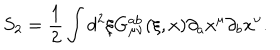
S _ { 2 } = \frac { 1 } { 2 } \int d ^ { 2 } \xi G _ { \mu \nu } ^ { a b } ( \xi , x ) \partial _ { a } x ^ { \mu } \partial _ { b } x ^ { \nu } .